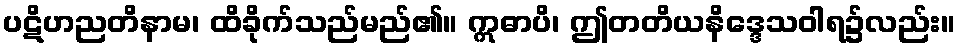
ပဋိဟညတိနာမ၊ ထိခိုက်သည်မည်၏။ ဣဓာပိ၊ ဤတတိယနိဒ္ဒေသဝါရ၌လည်း။